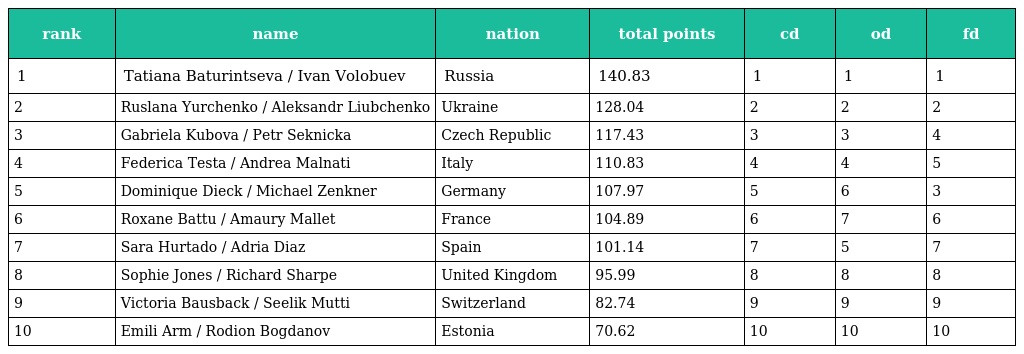
| rank | name | nation | total points | cd | od | fd |
 | --- | --- | --- | --- | --- | --- | --- |
 | 1 | Tatiana Baturintseva / Ivan Volobuev | Russia | 140.83 | 1 | 1 | 1 |
 | 2 | Ruslana Yurchenko / Aleksandr Liubchenko | Ukraine | 128.04 | 2 | 2 | 2 |
 | 3 | Gabriela Kubova / Petr Seknicka | Czech Republic | 117.43 | 3 | 3 | 4 |
 | 4 | Federica Testa / Andrea Malnati | Italy | 110.83 | 4 | 4 | 5 |
 | 5 | Dominique Dieck / Michael Zenkner | Germany | 107.97 | 5 | 6 | 3 |
 | 6 | Roxane Battu / Amaury Mallet | France | 104.89 | 6 | 7 | 6 |
 | 7 | Sara Hurtado / Adria Diaz | Spain | 101.14 | 7 | 5 | 7 |
 | 8 | Sophie Jones / Richard Sharpe | United Kingdom | 95.99 | 8 | 8 | 8 |
 | 9 | Victoria Bausback / Seelik Mutti | Switzerland | 82.74 | 9 | 9 | 9 |
 | 10 | Emili Arm / Rodion Bogdanov | Estonia | 70.62 | 10 | 10 | 10 |